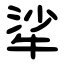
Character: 㸺